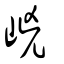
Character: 㟅